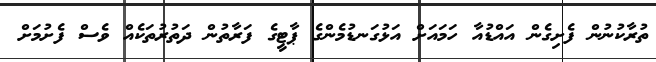
ތުރާކުނުން ފެށިގެން އައްޑުއާ ހަމައަށް އަޅުގަނޑުމެންގެ ޕާޓީގެ ފަރާތުން ދަތުރުތަކެއް ވެސް ފެށުމަށް